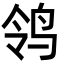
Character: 鸰